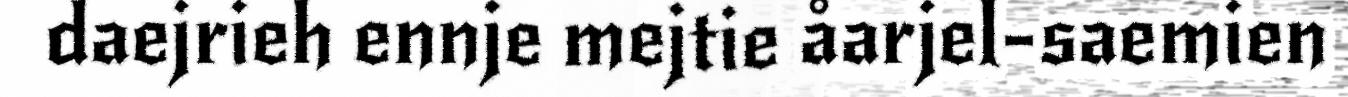
daejrieh ennje mejtie åarjel-saemien